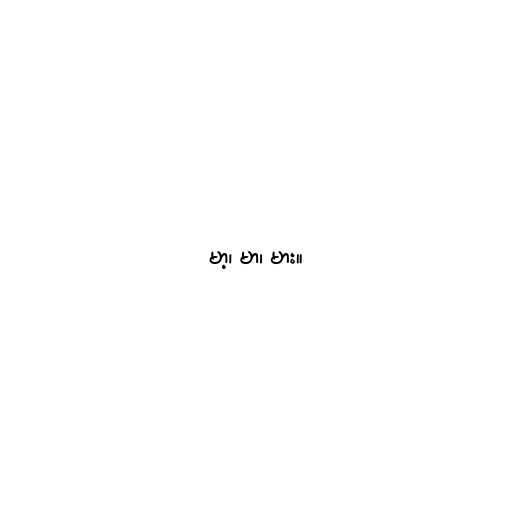
မာ့၊ မာ၊ မား။